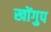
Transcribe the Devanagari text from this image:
खोंगुप